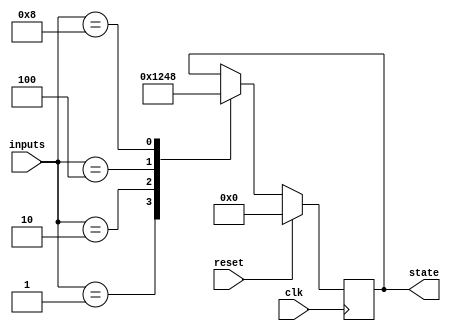
module PriorityEncodingStateMachine(
    input wire clk,
    input wire reset,
    input wire [3:0] inputs,
    output reg [3:0] state
);

reg [3:0] next_state;

always @(posedge clk) begin
    if (reset) begin
        state <= 0;
    end else begin
        state <= next_state;
    end
end

always @* begin
    case (inputs)
        4'b0001: next_state = 4'b0001; // Highest priority
        4'b0010: next_state = 4'b0010;
        4'b0100: next_state = 4'b0100;
        4'b1000: next_state = 4'b1000; // Lowest priority
        default: next_state = state;
    endcase
end

endmodule